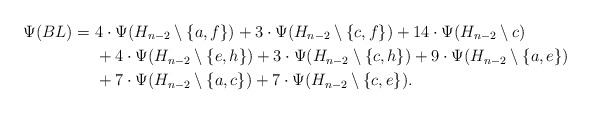
\begin{align*}\Psi (BL) =\ &4\cdot \Psi(H_{n-2}\setminus \{a,f\}) + 3\cdot \Psi(H_{n-2}\setminus \{c,f\})+14\cdot \Psi(H_{n-2}\setminus c) \\&+4\cdot \Psi(H_{n-2}\setminus \{e,h\})+3\cdot \Psi(H_{n-2}\setminus \{c,h\})+9\cdot \Psi(H_{n-2}\setminus \{a,e\})\\&+7\cdot \Psi(H_{n-2}\setminus \{a,c\})+7\cdot \Psi(H_{n-2}\setminus\{c,e\}).\end{align*}